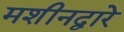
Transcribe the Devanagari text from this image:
मशीनद्वारे